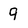
Character: 9